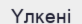
Үлкені